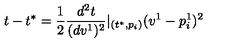
t - t ^ { * } = \frac 1 2 \frac { d ^ { 2 } t } { ( d v ^ { 1 } ) ^ { 2 } } | _ { ( t ^ { * } , p _ { i } ) } ( v ^ { 1 } - p _ { i } ^ { 1 } ) ^ { 2 }